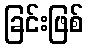
ခြင်းဖြစ်